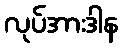
လုပ်အားဒါန